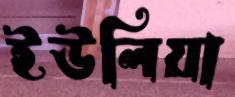
ইউলিয়া